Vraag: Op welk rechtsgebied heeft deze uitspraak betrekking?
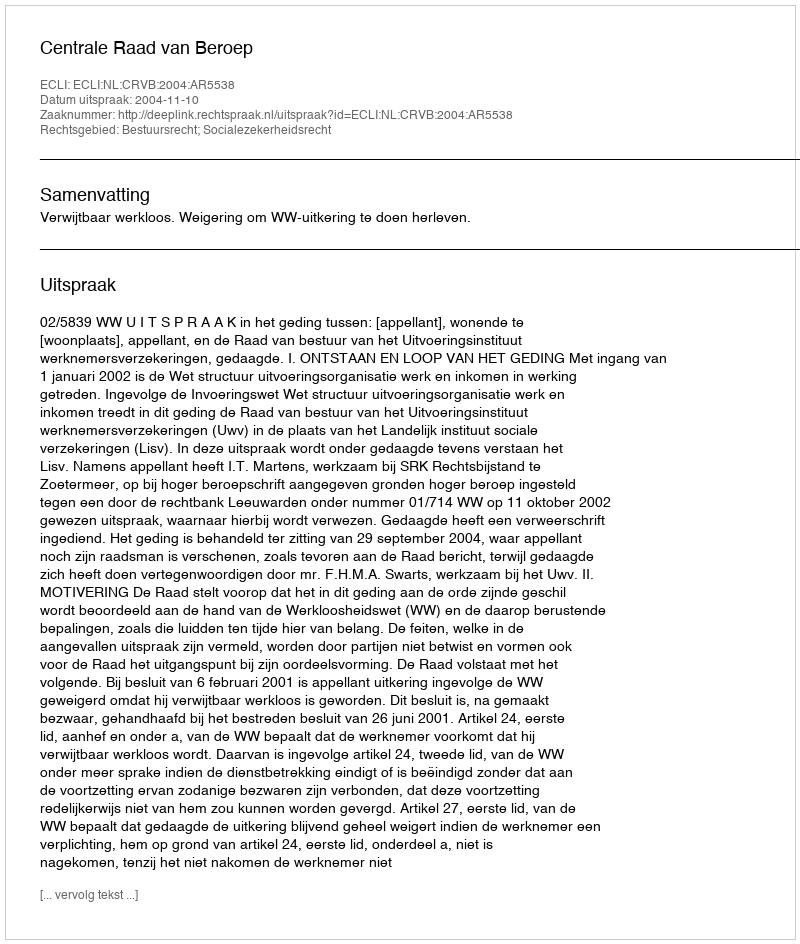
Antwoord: Bestuursrecht; Socialezekerheidsrecht